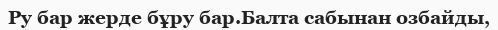
Ру бар жерде бұру бар.Балта сабынан озбайды,